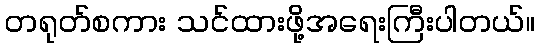
တရုတ်စကား သင်ထားဖို့အရေးကြီးပါတယ်။